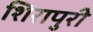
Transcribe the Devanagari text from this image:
शिरापुरी